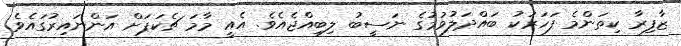
ޒާފިރާ ކިތަންމެ ފަހަރަކު ބައްދަލުވުމުގެ ނަސީބު ލިބިއްޖެއެވެ. އެއީ މާމަ ޗެކަޕަށް އަންނައިރުގައެވެ.